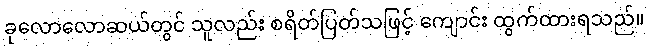
ခုလောလောဆယ်တွင် သူလည်း စရိတ်ပြတ်သဖြင့် ကျောင်း ထွက်ထားရသည်။